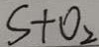
S + O _ { 2 }